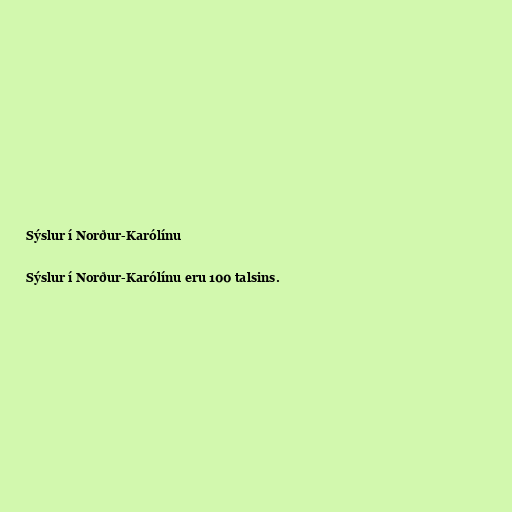
Sýslur í Norður-Karólínu

Sýslur í Norður-Karólínu eru 100 talsins.